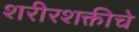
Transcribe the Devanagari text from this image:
शरीरशक्तीचे